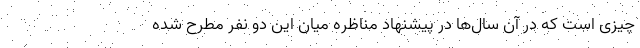
چیزی است که در آن سال‌ها در پیشنهاد مناظره میان این دو نفر مطرح شده